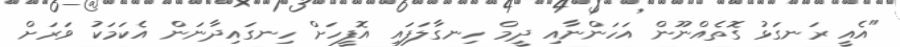
"އެއީ ރަނގަޅު ގޮތެއްނޫން އަހަންނާއި ދީމް ހިނގާލަފައި އޮފީހަށް ހިނގައިދާނަން އެކަމަކު ވަރަށް